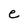
Character: e